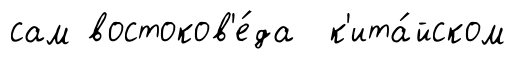
сам востоков'е́да к'ита́йском